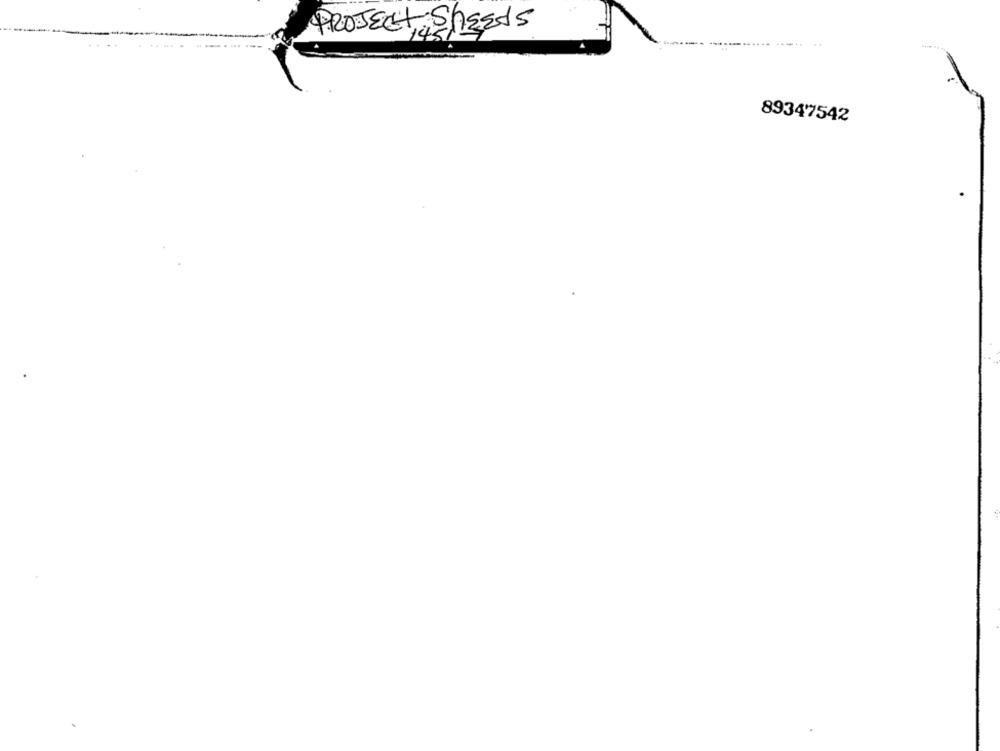
PROJECT SHEETS
89347542